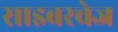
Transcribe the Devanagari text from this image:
साइबरचेज